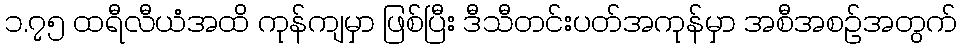
၁.၇၅ ထရီလီယံအထိ ကုန်ကျမှာ ဖြစ်ပြီး ဒီသီတင်းပတ်အကုန်မှာ အစီအစဉ်အတွက်